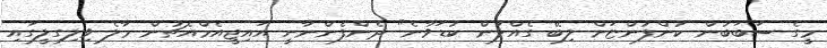
މީގެ ސަބަބުން ކުންފުންޏަށް ލިބޭ ގެއްލުން ކުޑަވާނެ" ދެންފެންނާނީ އައިޖީއެމްއެޗުން މާލެ ވިލިގިލީގައި